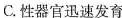
C.性器官迅速发育